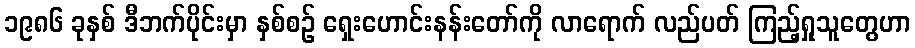
၁၉၈၆ ခုနှစ် ဒီဘက်ပိုင်းမှာ နှစ်စဉ် ရှေးဟောင်းနန်းတော်ကို လာရောက် လည်ပတ် ကြည့်ရှုသူတွေဟာ